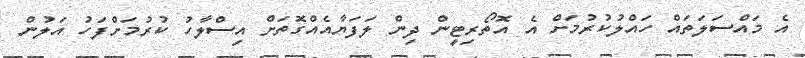
އެ މައްސަލަތައް ހައްލުކުރުމަށް އެ އޮތޯރިޓީން ދިން ލަފަޔާއެއްގޮތަށް އިސްލާހު ކުރުމަށްފަހު އަލުން